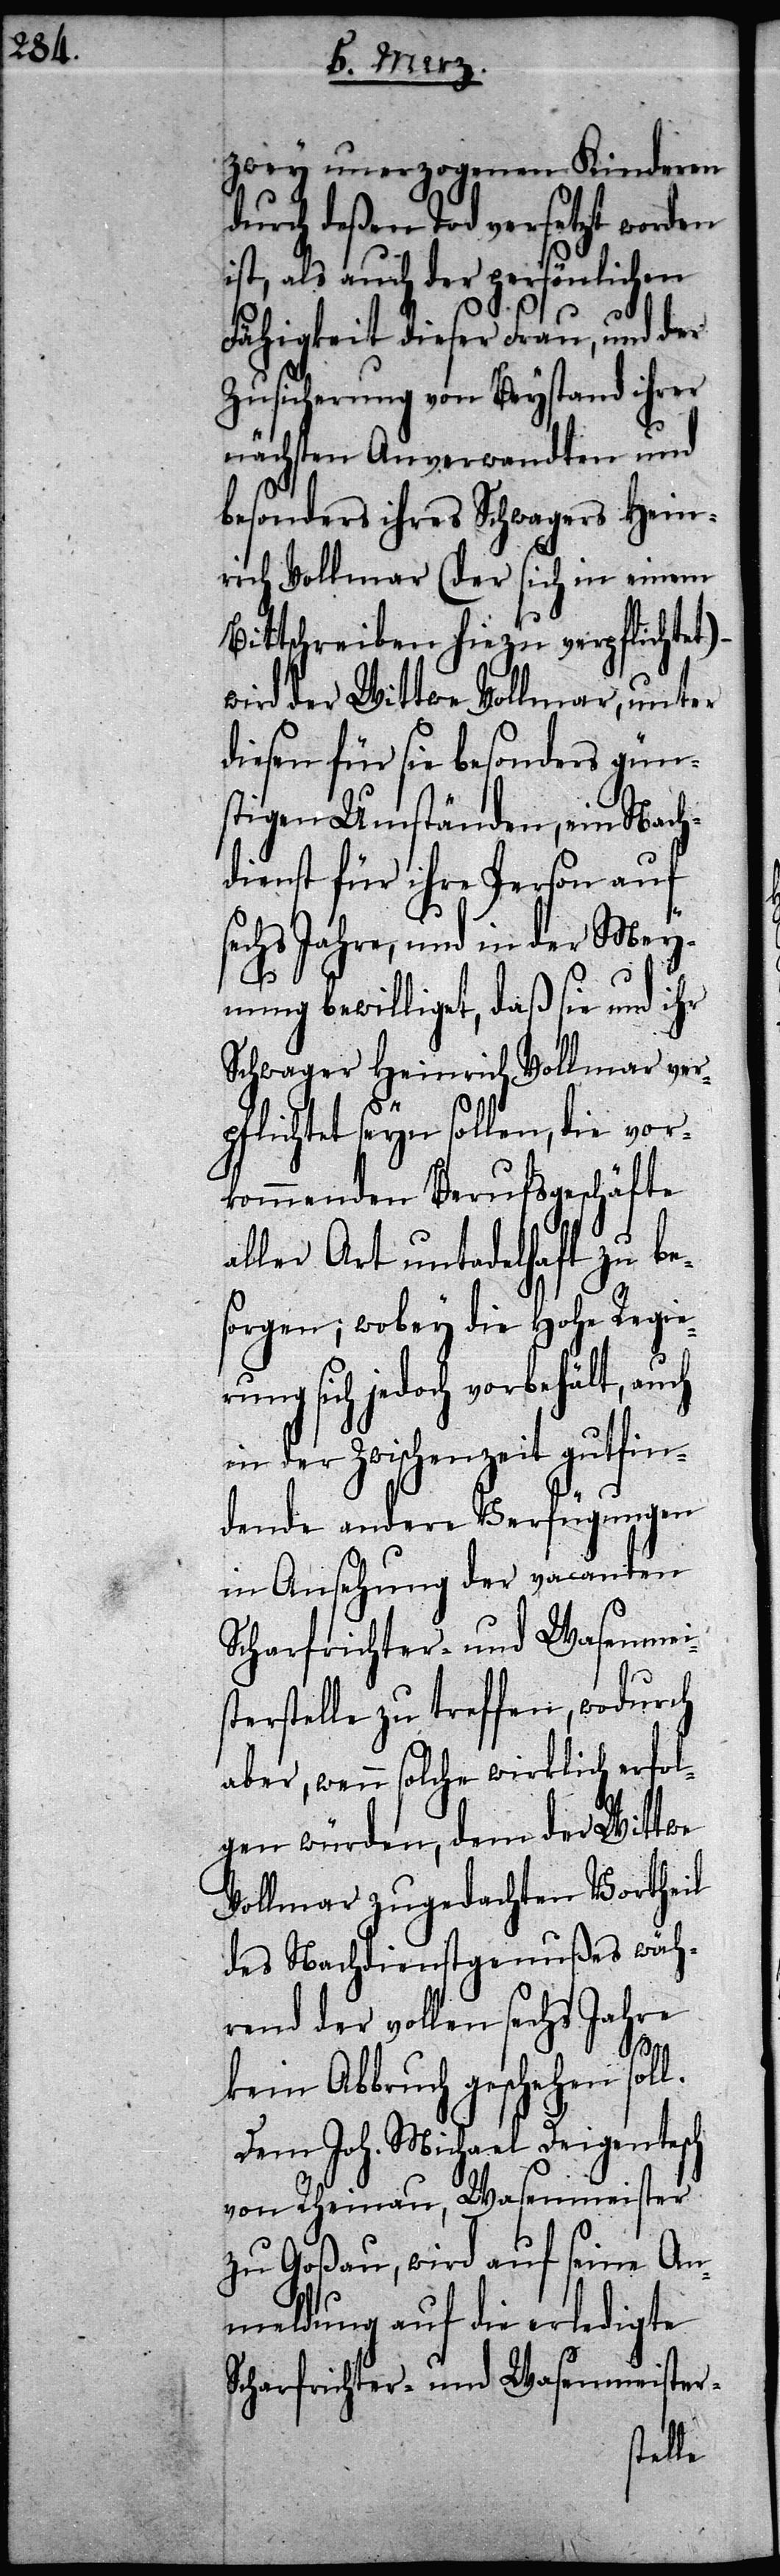
l.

zwey unerzogenen Kinderen
durch deßen Tod versetzt worden
st, als auch der persönlichen
Fähigkeit dieser Frau, und der
Zusicherung von Beystand ihrer
nächsten Anverwandten und
besonders ihres Schwagers Hein¬
rich Vollmar (der sich in einem
Bittschreiben hiezu verpflichtet)
wird der Wittwe Vollmar, unter
diesen für sie besonders gün¬
stigen Umständen, ein Nach¬
dienst für ihre Person auf
sechs Jahre, und in der Mey¬
nung bewilliget, daß sie und ihr
Schwager Heinrich Vollmar ver¬
pflichtet seyn sollen, die vor¬
kommenden Berufsgeschäfte
aller Art untadelhaft zu be¬
sorgen; wobey die Hohe Regier¬
ung sich jedoch vorbehält,
in der Zwischenzeit gutfin¬
dende andere Verfügungen
in Ansehung der vacanten
Scharfrichter- und Wasenmeis¬
terstelle zu treffen, wodurch
aber, wenn solche wirklich erfol¬
gen würden, dem der Wittwe
Vollmar zugedachten Vortheil
des Nachdienstgenußes wäh¬
rend der vollen sechs Jahre
kein Abbruch geschehen sol¬
Dem Joh. Michael Deigentesch
von Rheinau, Wasenmeister
zu Goßau, wird auf seine An¬
meldung auf die erledigte
Scharfrichter- und Wasenmeister-